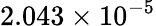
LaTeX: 2.043\times 10^{-5}